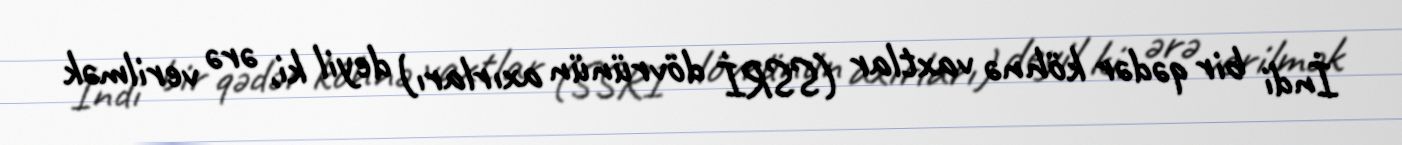
İndi bir qədər köhnə vaxtlar (SSRİ dövrünün axırları) deyil ki, ərə verilmək